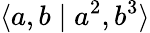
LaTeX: \langle a,b\mid a^{2},b^{3}\rangle